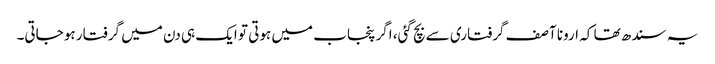
یہ سندھ تھا کہ ارونا آصف گرفتاری سے بچ گئی، اگر پنجاب میں ہوتی تو ایک ہی دن میں گرفتار ہو جاتی۔